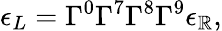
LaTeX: \epsilon_{L}=\Gamma^{0}\Gamma^{7}\Gamma^{8}\Gamma^{9}\epsilon_{\mathbb{R}},